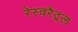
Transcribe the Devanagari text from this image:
रेस्वरैट्रल